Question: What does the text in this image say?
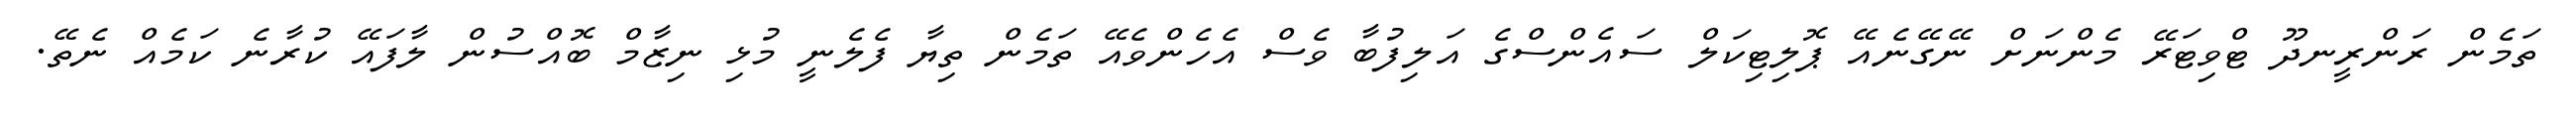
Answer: ތަމެން ރަންރީނދޫ ޓްވިޓަރޭ މެންނަށް ނޭގޭނެއޭ ޕޮލިޓިކަލް ސައެންސްގެ އަލިފުބާ ވެސް އެހެންވެއޭ ތަމެން ތިޔާ ފެލެނީ މުޅި ނިޒާމް ބޮއްސުން ލާފައޭ ކުރާނެ ކަމެއް ނެތޭ.